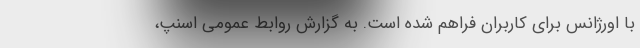
با اورژانس برای کاربران فراهم شده است. به گزارش روابط عمومی اسنپ،